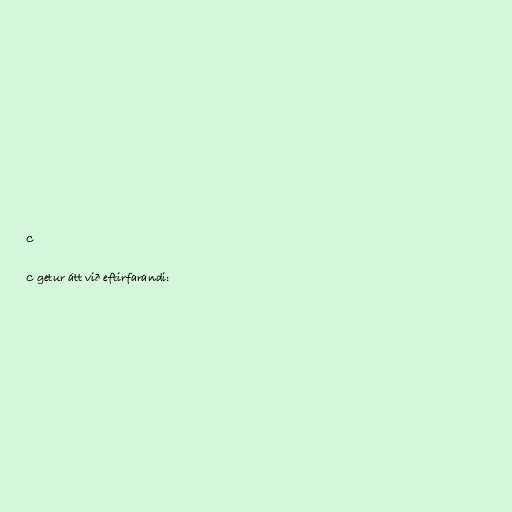
C

C getur átt við eftirfarandi: